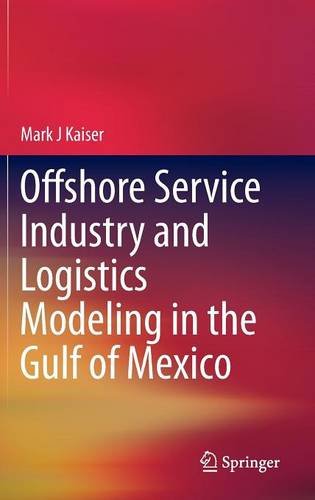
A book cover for Offshore Service Industry and Logistics Modeling in the Gulf of Mexico; Mark J Kaiser; Engineering & Transportation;